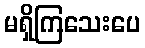
မရှိကြသေးပေ